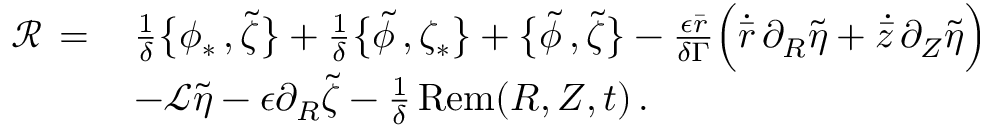
\begin{array} { r l } { \mathcal { R } \, = \, } & { \frac { 1 } { \delta } \bigl \{ \phi _ { * } \, , \tilde { \zeta } \bigr \} + \frac { 1 } { \delta } \bigl \{ \tilde { \phi } \, , \zeta _ { * } \bigr \} + \bigl \{ \tilde { \phi } \, , \tilde { \zeta } \bigr \} - \frac { \epsilon \bar { r } } { \delta \Gamma } \Bigl ( \dot { \bar { r } } \, \partial _ { R } \tilde { \eta } + \dot { \bar { z } } \, \partial _ { Z } \tilde { \eta } \Bigr ) } \\ & { - \mathcal { L } \tilde { \eta } - \epsilon \partial _ { R } \tilde { \zeta } - \frac { 1 } { \delta } \, \mathrm { R e m } ( R , Z , t ) \, . } \end{array}